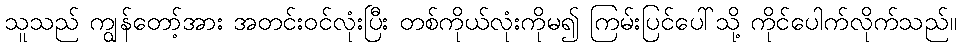
သူသည် ကျွန်တော့်အား အတင်းဝင်လုံးပြီး တစ်ကိုယ်လုံးကိုမ၍ ကြမ်းပြင်ပေါ်သို့ ကိုင်ပေါက်လိုက်သည်။